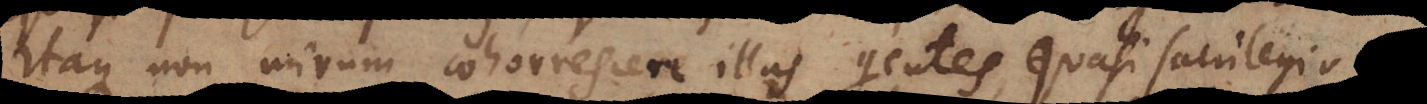
Itaque non mirum cohorrescere illas gentes, quasi sacrilegio